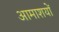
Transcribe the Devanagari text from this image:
आमाशयों